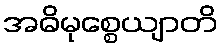
အဓိမုစ္စေယျာတိ